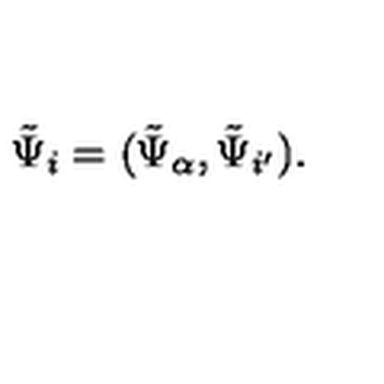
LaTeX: \tilde { \Psi } _ { i } = ( \tilde { \Psi } _ { { \alpha } } , \tilde { \Psi } _ { { i ^ { \prime } } } ) .